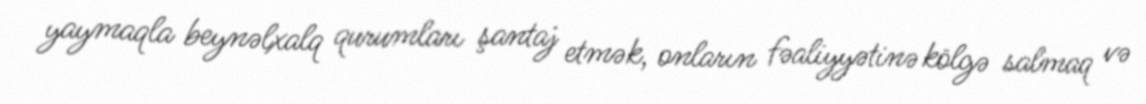
yaymaqla beynəlxalq qurumları şantaj etmək, onların fəaliyyətinə kölgə salmaq və